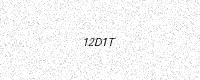
Text: 12D1T